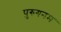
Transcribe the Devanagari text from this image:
पुरुगनम